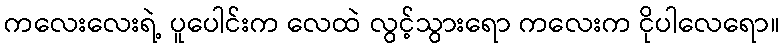
ကလေးလေးရဲ့ ပူပေါင်းက လေထဲ လွင့်သွားရော ကလေးက ငိုပါလေရော။